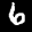
Label: 6